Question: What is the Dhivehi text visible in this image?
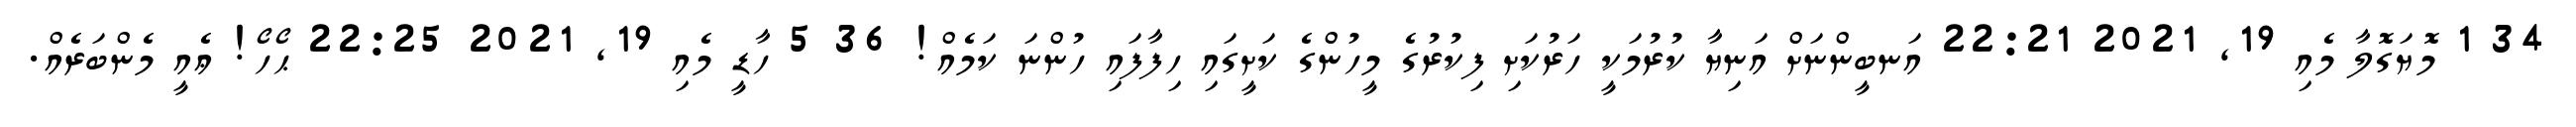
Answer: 34 1 މޮޔަގޮލާ މެއި 19, 2021 22:21 އަނބީންނަށް އަނިޔާ ކުރުމަކީ ހަރުކަށި ފިކުރުގެ މީހުންގެ ކަށީގައި ހިފާފައި ހުންނަ ކަމެއް! 36 5 ހާޑީ މެއި 19, 2021 22:25 ޙޯހޯ! ޢެއީ މެންބަރެއް.